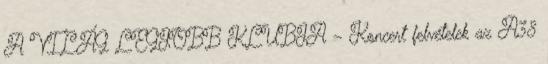
A VILÁG LEGJOBB KLUBJA – Koncert felvételek az A38